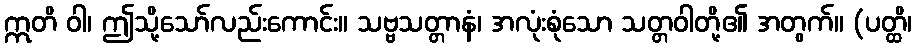
ဣတိ ဝါ၊ ဤသို့သော်လည်းကောင်း။ သဗ္ဗသတ္တာနံ၊ အလုံးစုံသော သတ္တဝါတို့၏ အတွက်။ (ပတ္ထိ၊